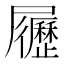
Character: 𡳸